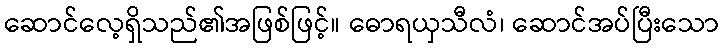
ဆောင်လေ့ရှိသည်၏အဖြစ်ဖြင့်။ ဓောရယှသီလံ၊ ဆောင်အပ်ပြီးသော